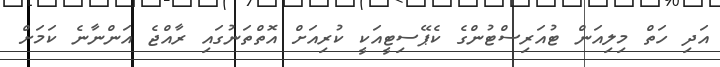
އަދި ހަތް މިލިއަން ޓުއަރިސްޓުންގެ ކެޕޭސިޓީއަކީ ކުރިއަށް އޮތްތަނުގައި ރާއްޖެ އަންނާނެ ކަމަށް